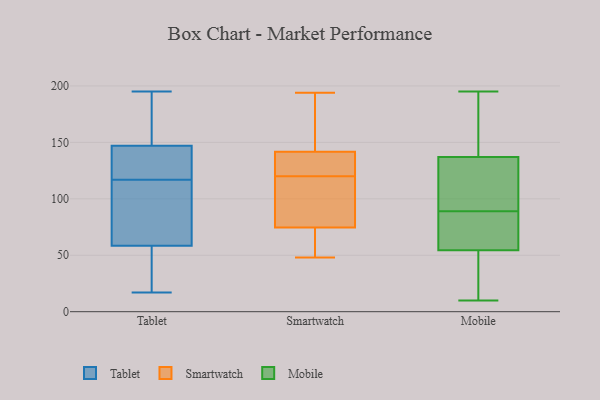
{"axis": {"x": "Demand Index", "y": "Value"}, "legend": ["Mobile", "Smartwatch", "Tablet"], "data": [{"x": "", "y": 73, "type": "Tablet"}, {"x": "", "y": 91, "type": "Tablet"}, {"x": "", "y": 145, "type": "Tablet"}, {"x": "", "y": 195, "type": "Tablet"}, {"x": "", "y": 165, "type": "Tablet"}, {"x": "", "y": 148, "type": "Tablet"}, {"x": "", "y": 116, "type": "Tablet"}, {"x": "", "y": 20, "type": "Tablet"}, {"x": "", "y": 131, "type": "Tablet"}, {"x": "", "y": 35, "type": "Tablet"}, {"x": "", "y": 17, "type": "Tablet"}, {"x": "", "y": 146, "type": "Tablet"}, {"x": "", "y": 108, "type": "Tablet"}, {"x": "", "y": 44, "type": "Tablet"}, {"x": "", "y": 186, "type": "Tablet"}, {"x": "", "y": 118, "type": "Tablet"}, {"x": "", "y": 73, "type": "Smartwatch"}, {"x": "", "y": 120, "type": "Smartwatch"}, {"x": "", "y": 122, "type": "Smartwatch"}, {"x": "", "y": 136, "type": "Smartwatch"}, {"x": "", "y": 50, "type": "Smartwatch"}, {"x": "", "y": 194, "type": "Smartwatch"}, {"x": "", "y": 75, "type": "Smartwatch"}, {"x": "", "y": 90, "type": "Smartwatch"}, {"x": "", "y": 159, "type": "Smartwatch"}, {"x": "", "y": 97, "type": "Smartwatch"}, {"x": "", "y": 188, "type": "Smartwatch"}, {"x": "", "y": 131, "type": "Smartwatch"}, {"x": "", "y": 48, "type": "Smartwatch"}, {"x": "", "y": 141, "type": "Mobile"}, {"x": "", "y": 125, "type": "Mobile"}, {"x": "", "y": 171, "type": "Mobile"}, {"x": "", "y": 195, "type": "Mobile"}, {"x": "", "y": 17, "type": "Mobile"}, {"x": "", "y": 157, "type": "Mobile"}, {"x": "", "y": 110, "type": "Mobile"}, {"x": "", "y": 73, "type": "Mobile"}, {"x": "", "y": 40, "type": "Mobile"}, {"x": "", "y": 42, "type": "Mobile"}, {"x": "", "y": 67, "type": "Mobile"}, {"x": "", "y": 66, "type": "Mobile"}, {"x": "", "y": 95, "type": "Mobile"}, {"x": "", "y": 89, "type": "Mobile"}, {"x": "", "y": 91, "type": "Mobile"}, {"x": "", "y": 10, "type": "Mobile"}, {"x": "", "y": 173, "type": "Mobile"}, {"x": "", "y": 52, "type": "Mobile"}, {"x": "", "y": 62, "type": "Mobile"}]}